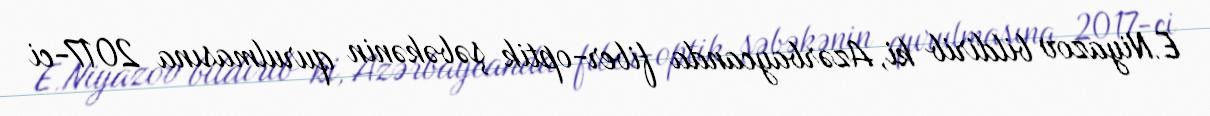
E.Niyazov bildirib ki, Azərbaycanda fiber-optik şəbəkənin qurulmasına 2017-ci